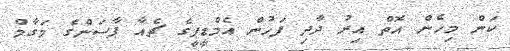
ކަން މިހެން އޮތް އިރު ދާދި ފަހުން އެމްޑީޕީގެ ޗެއާ ޕާސަންގެ މަގާމް